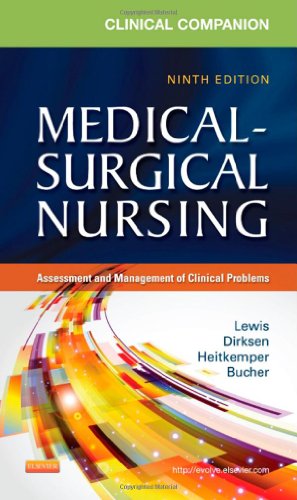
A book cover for Clinical Companion to Medical-Surgical Nursing: Assessment and Management of Clinical Problems, 9e (Lewis, Clinical Companion to Medical-Surgical Nursing: Assessment and Management of C); Sharon L. Lewis RN  PhD  FAAN; Medical Books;